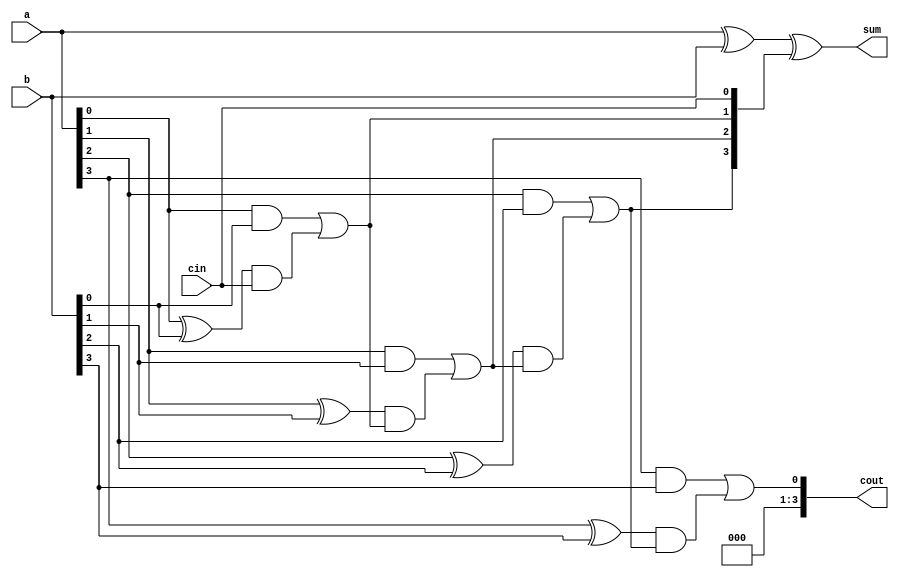
`timescale 1ns / 1ps
//////////////////////////////////////////////////////////////////////////////////
// Company: 
// Engineer: 
// 
// Design Name: 
// Module Name: carry_look_ahead_adder
// Project Name: 
// Target Devices: 
// Tool Versions: 
// Description: 
// 
// Dependencies: 
// 
// Revision:
// Revision 0.01 - File Created
// Additional Comments:
// 
//////////////////////////////////////////////////////////////////////////////////


module carry_look_ahead_adder(
    input [3:0] a,
    input [3:0] b,
    input cin,
    output [3:0] sum,
    output [3:0] cout
    );
 wire [3:0]ci;
 
 assign ci[0]=cin;
 assign ci[1]=(a[0]&b[0])|((a[0]^b[0])&ci[0]);
 assign ci[2]=(a[1]&b[1])|((a[1]^b[1])&ci[1]);
 assign ci[3]=(a[2]&b[2])|((a[2]^b[2])&ci[2]);
 assign cout=(a[3]&b[3])|((a[3]^b[3])&ci[3]);
 
 assign sum=a^b^ci;  
endmodule